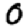
Digit: 0